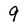
Character: 9